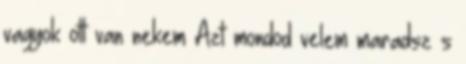
vagyok ott van nekem Azt mondod velem maradsz s